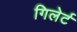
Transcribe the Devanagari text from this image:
गिलेर्ट